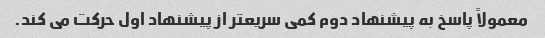
معمولاً پاسخ به پیشنهاد دوم کمی سریعتر از پیشنهاد اول حرکت می کند.